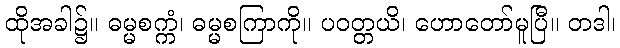
ထိုအခါ၌။ ဓမ္မစက္ကံ၊ ဓမ္မစကြာကို။ ပဝတ္တယိ၊ ဟောတော်မူပြီ။ တဒါ၊